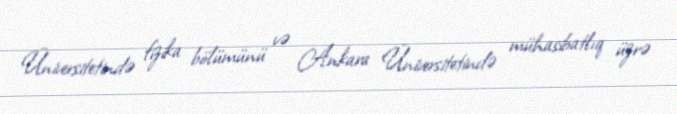
Üniversitetində fizika bölümünü və Ankara Üniversitetində mühasibatlıq üzrə